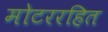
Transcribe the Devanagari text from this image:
मोटररहित